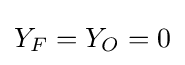
Y_{F}=Y_{O}=0